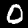
Label: 0